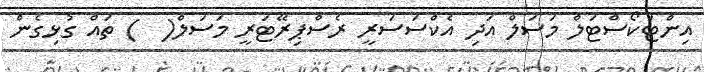
އިންޓަކޯސްޓަލް މަސަލް އަދި އެކްސަސަރީ ރެސްޕިރޭޓަރީ މަސަލް(  ) ތައް ގުޅިގެން